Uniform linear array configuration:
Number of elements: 64
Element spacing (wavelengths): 0.25
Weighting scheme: kaiser
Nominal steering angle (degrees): -30
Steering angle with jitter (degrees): -28.253
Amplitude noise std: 0.05
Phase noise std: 0.05

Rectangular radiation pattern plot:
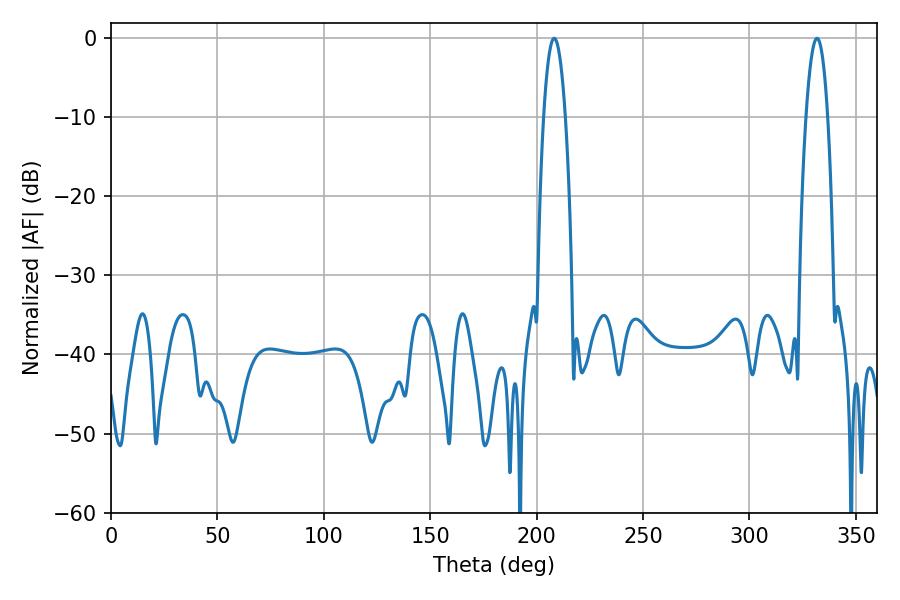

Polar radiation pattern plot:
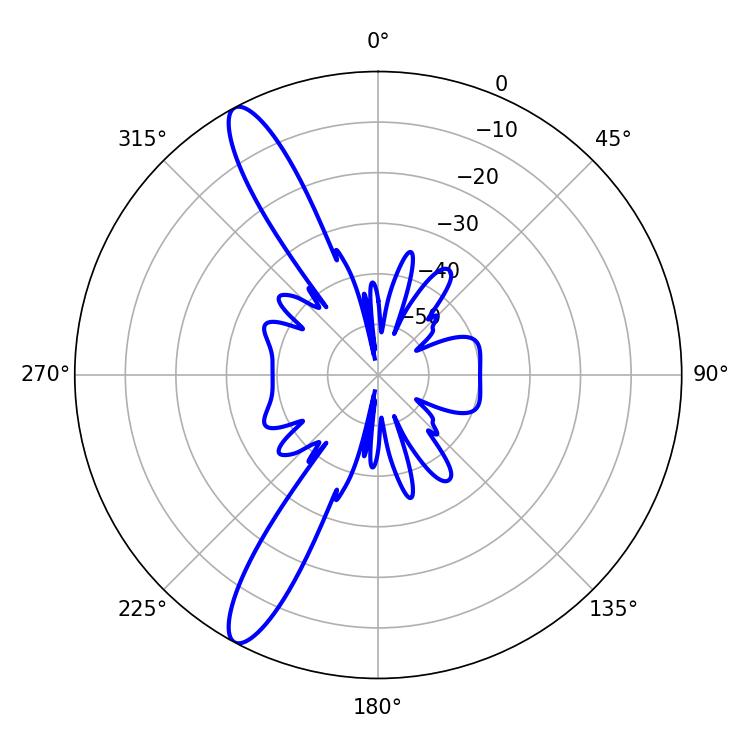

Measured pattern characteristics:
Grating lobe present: FALSE
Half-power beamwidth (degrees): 5.58
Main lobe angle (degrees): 208.26